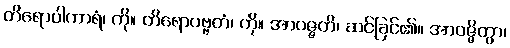
တိရောပါကာရံ၊ ကို။ တိရောပဗ္ဗတံ၊ ကို။ အာဝဇ္ဇတိ၊ ဆင်ခြင်၏။ အာဝဇ္ဇိတွာ၊